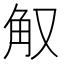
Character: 𰴠